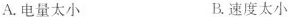
A.电量太小 B.速度太小